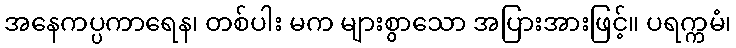
အနေကပ္ပကာရေန၊ တစ်ပါး မက များစွာသော အပြားအားဖြင့်။ ပရက္ကမံ၊